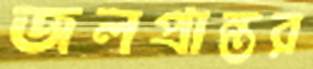
জলপ্রান্তর